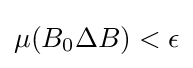
\mu (B_{0}\Delta B)<\epsilon